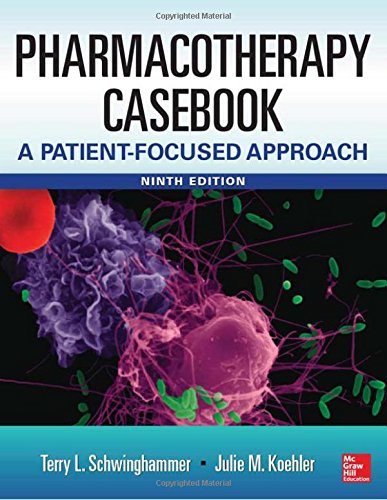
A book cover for Pharmacotherapy Casebook: A Patient-Focused Approach, 9 Edition; Terry Schwinghammer; Medical Books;